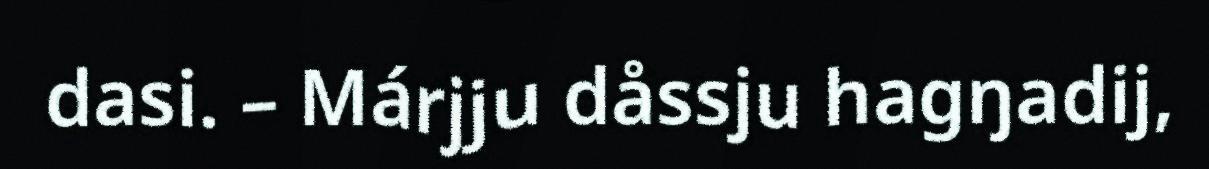
dasi. – Márjju dåssju hagŋadij,